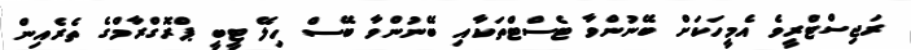
ރަޖިސްޓްރީވެ އެމީހަކަށް ބޭނުންވާ ޓެސްޓްތަކާއި ބޭނުންވާ ބޭސް ހިލޭ ޓީބީ ޕްރޮގްރާމްގެ ތެރެއިން